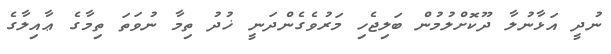
ނުދީ އަޅާނުލާ ދޫކޮށްލުމުން ބަލިޖެހި މަރުވެގެންދަނީ ޚުދު ތިމާ ނުވަތަ ތިމާގެ ޢާއިލާގެ